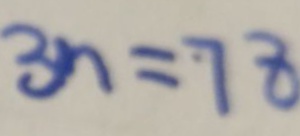
3 n = 7 8